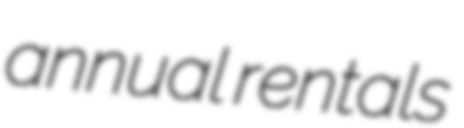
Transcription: annual rentals